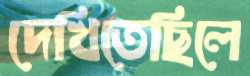
দেখিতেছিলে